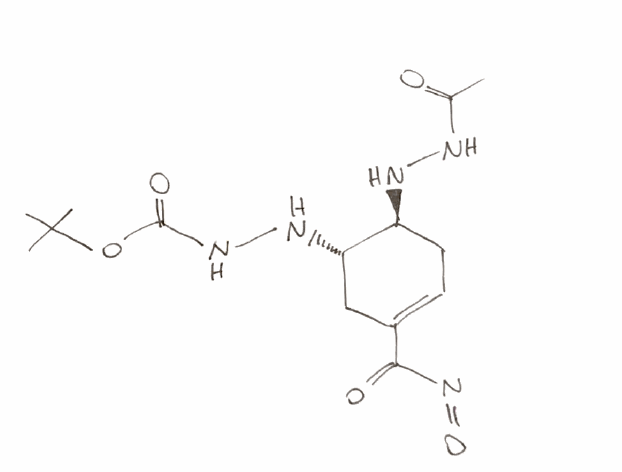
Simplified molecular-input line-entry system (SMILES) notation of the given molecule:
CC(=O)NN[C@H]1CC=C(C[C@@H]1NNC(=O)OC(C)(C)C)C(=O)N=O